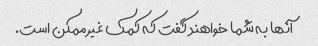
آنها به شما خواهند گفت که کمک غیرممکن است.